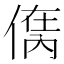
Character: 𠋮